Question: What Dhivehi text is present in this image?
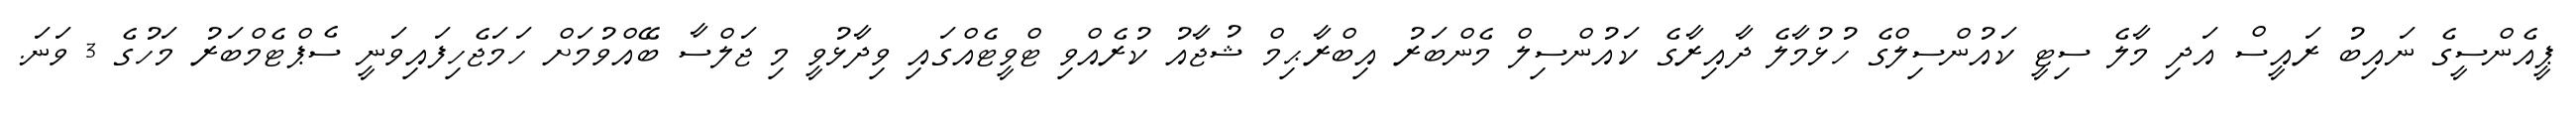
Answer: ޕީއެންސީގެ ނައިބު ރައީސް އަދި މާލެ ސިޓީ ކައުންސިލްގެ ހުޅުމާލެ ދާއިރާގެ ކައުންސިލް މެންބަރު އިބްރާޙިމް ޝުޖާއު ކުރެއްވި ޓްވީޓެއްގައި ވިދާޅުވީ މި ޖަލްސާ ބޭއްވުމަށް ހަމަޖެހިފައިވަނީ ސެޕްޓެމްބަރު މަހުގެ 3 ވަނަ.